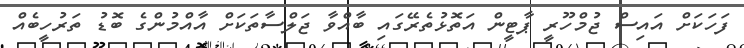
ފަހަކަށް އައިސް ޖުމްހޫރީ ޕާޓީން އަތޮޅުތެރޭގައި ބާއްވާ ޖަލްސާތަކަށް އާއްމުންގެ ބޮޑު ތަރުހީބެއް